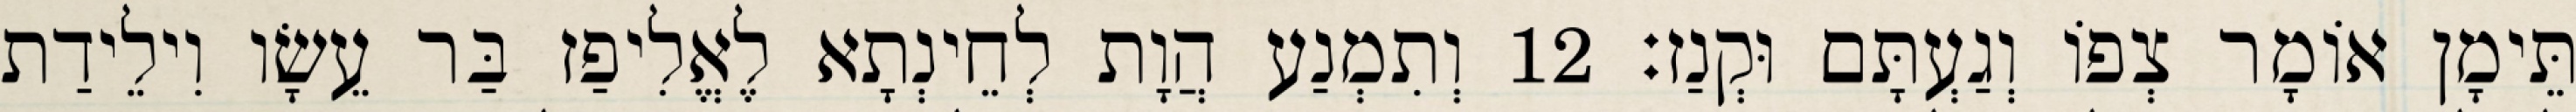
תֵּימָן אוֹמָר צְפוֹ וְגַעְתָּם וּקְנַז׃ 12 וְתִמְנַע הֲוָת לְחֵינְתָא לֶאֱלִיפַז בַּר עֵשָׂו וִילֵידַת